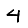
Digit: 4